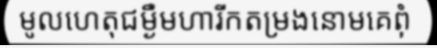
មូលហេតុជម្ងឺមហារីកតម្រងនោមគេពុំ